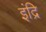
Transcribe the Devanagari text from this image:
इंद्रि